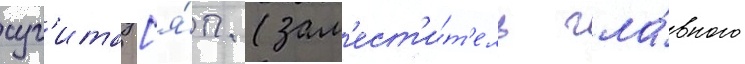
суг'ита [я́п. (зам'ест'и́т'ель гла́вного